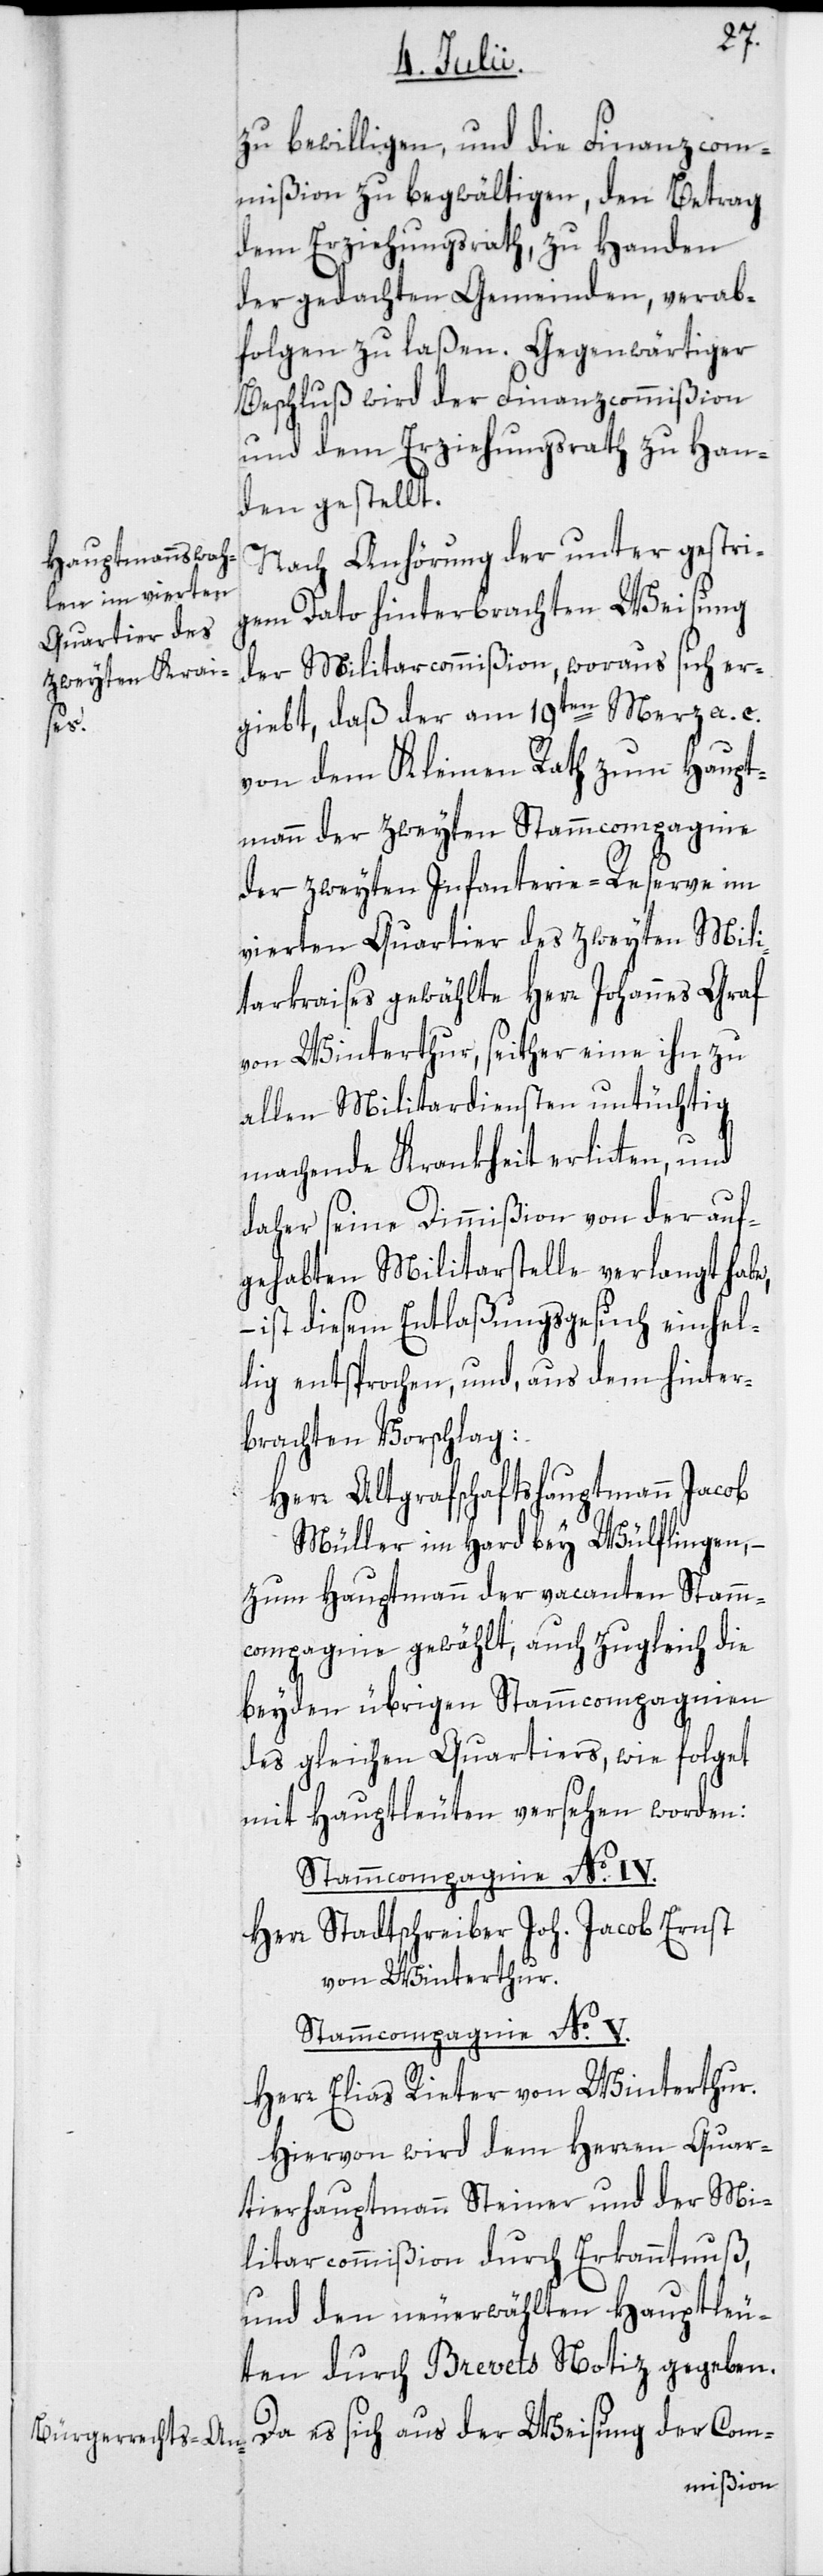
zu bewilligen, und die Finanzcom¬
mißion zu begwältigen, den Betrag
dem Erziehungsrath, zu Handen
der gedachten Gemeinden, verab¬
folgen zu laßen. Gegenwärtiger
Beschluß wird der Finanzcommißion
und dem Erziehungsrath zu Han¬
den gestellt.
Nach Anhörung der unter gestri¬
gem Dato hinterbrachten Weisung
der Militarcommißion, woraus sich er¬
giebt, daß der am 19ten Merz a. c.
von dem Kleinen Rath zum Haupt¬
mann der zweyten Stammcompagnie
der zweyten Infanterie-Reserve im
vierten Quartier des zweyten Mili¬
tarkraises gewählte Herr Johannes Graf
von Winterthur, seither eine ihn zu
allen Militardiensten untüchtig
machende Krankheit erlitten, und
daher seine Dimißion von der auf¬
gehabten Militarstelle verlangt habe,
ist diesem Entlaßungsgesuch einhel¬
lig entsprochen, und, aus dem hinter¬
brachten Vorschlag:
Herr Altgrafschaftshauptmann Jacob
Müller im Hard bey Wülfingen, –
zum Hauptmann der vacanten Stamm¬
compagnie gewählt, auch zugleich die
beyden übrigen Stammcompagnien
des gleichen Quartiers, wie folget
mit Hauptleuten versehen worden:
Stammcompagnie No. IV.
Herr Stadtschreiber Joh. Jacob Ernst
von Winterthur.
Stammcompagnie No. V.
Herr Elias Rieter von Winterthur.
Hiervon wird dem Herren Quar¬
tierhauptmann Steiner und der Mi¬
litarcommißion durch Erkanntnuß,
und den neuerwählten Hauptleu¬
ten durch Brevets Notiz gegeben.
Da es sich aus der Weisung der Com-